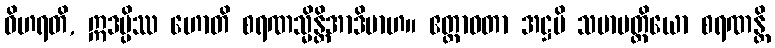
ဝိဟရတိ, ဣဒမ္ပိဿ ဟောတိ စရဏသ္မိန္တိအာဒိမာဟ။ ဧတ္တာဝတာ အဋ္ဌပိ သမာပတ္တိယော စရဏန္တိ